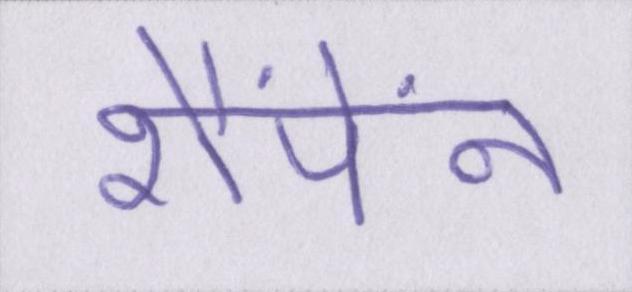
शैंपेंन